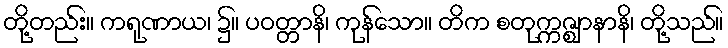
တို့တည်း။ ကရုဏာယ၊ ၌။ ပဝတ္တာနိ၊ ကုန်သော။ တိက စတုက္ကဇ္ဈာနာနိ၊ တို့သည်။